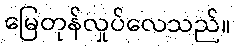
မြေတုန်လှုပ်လေသည်။